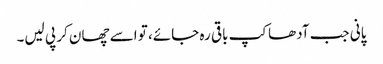
پانی جب آدھاکپ باقی رہ جائے، تو اسے چھان کر پی لیں۔